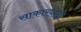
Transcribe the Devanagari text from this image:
साकारवादी